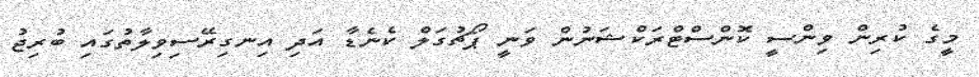
މީގެ ކުރިން ވިންސީ ކޮންސްޓްރަކްޝަނުން ވަނީ ޕޯޗުގަލް ކެނެޑާ އަދި އިނގިރޭސިވިލާތުގައި ބުރިޖު